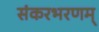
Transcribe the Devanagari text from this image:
संकरभरणम्